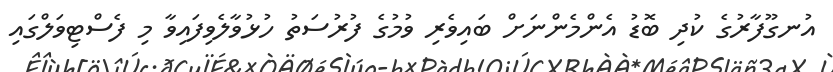
އުނގޫފާރުގެ ކުދި ބޮޑު އެންމެންނަށް ބައިވެރި ވުމުގެ ފުރުސަތު ހުޅުވާލެވިފައިވާ މި ފެސްޓިވަލްގައި